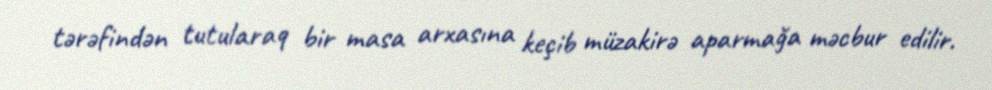
tərəfindən tutularaq bir masa arxasına keçib müzakirə aparmağa məcbur edilir.